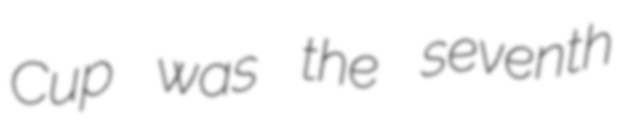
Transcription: Cup was the seventh